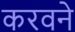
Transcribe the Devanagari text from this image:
करवने